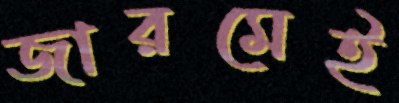
জারমেই